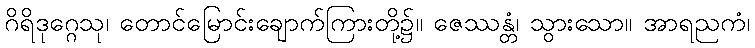
ဂိရိဒုဂ္ဂေသု၊ တောင်မြောင်းချောက်ကြားတို့၌။ ဇေဿန္တံ၊ သွားသော။ အာရညကံ၊